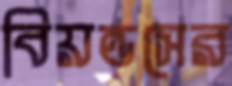
বিয়ন্ডসের